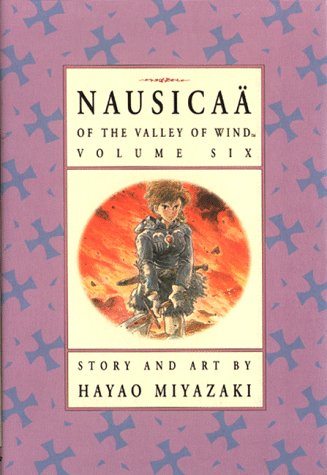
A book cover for Nausicaa of the Valley of the Wind, Vol. 6; Hayao Miyazaki; Comics & Graphic Novels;